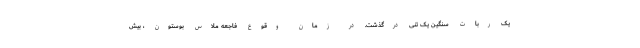
یک ربات سنگین یک تنی درگذشت. در زمان وقوع فاجعه ملاس بوستون ، بیش